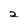
Character: 2